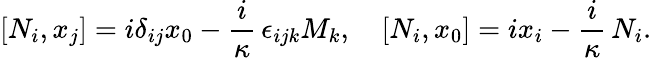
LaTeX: [N_{i},x_{j}]=i\delta_{ij}x_{0}-\frac{i}\kappa\, \epsilon_{ijk}M_{k},\quad[N_{i},x_{0}]=ix_{i}-\frac{i}\kappa\, N_{i}.